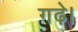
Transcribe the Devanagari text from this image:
गढ़े।